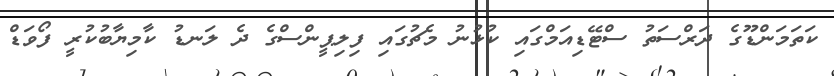
ކަތަމަންޑޫގެ ދަރްސަތު ސްޓޭޑިއަމްގައި ކުޅުނު މެޗުގައި ފިލިޕީންސްގެ ދެ ލަނޑު ކާމިޔާބުކުރީ ފޯވަޑް